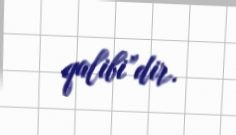
qalibi”dir.